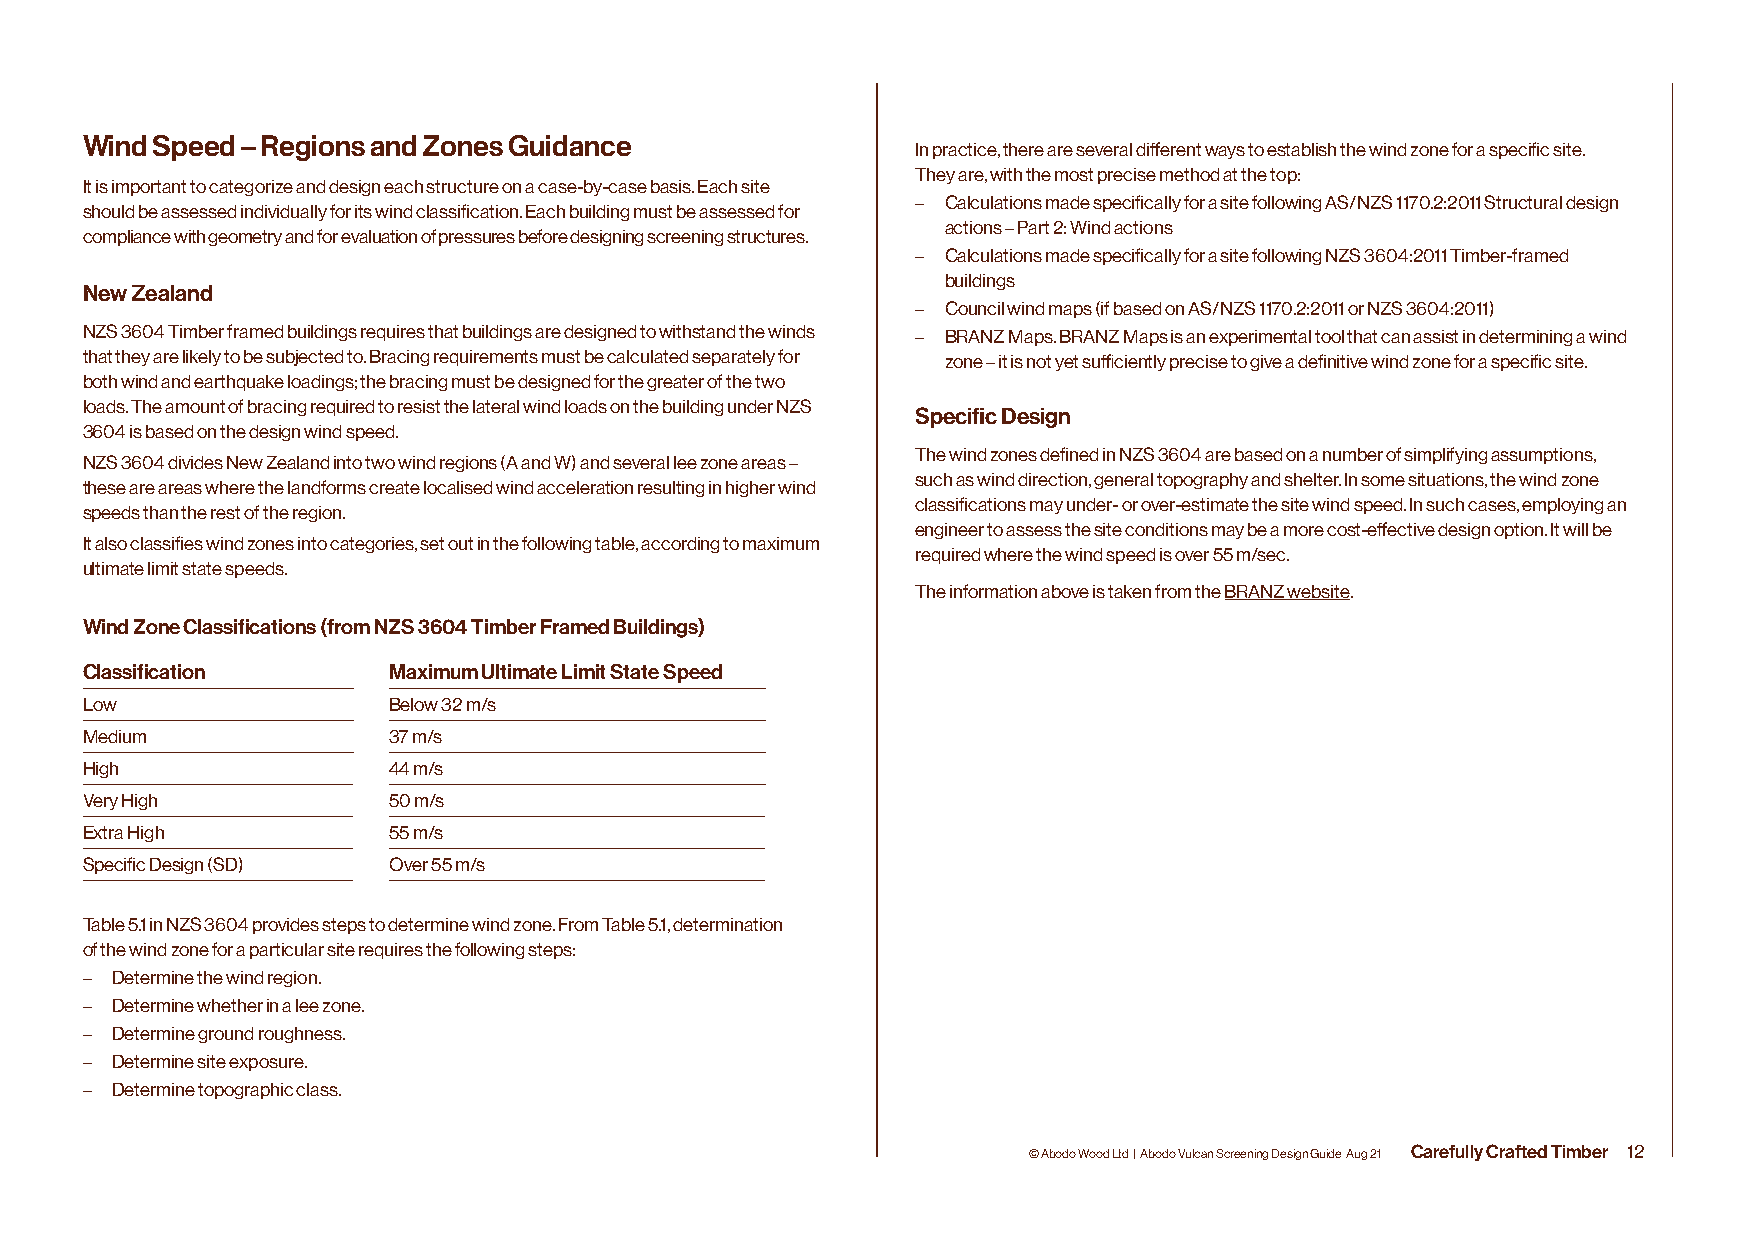
Wind Speed – Regions and Zones Guidance
 In practice, there are several different ways to establish the wind zone for a specific site.
 They are, with the most precise method at the top:
 It is important to categorize and design each structure on a case-by-case basis. Each site
 – Calculations made specifically for a site following AS/NZS 1170.2:2011 Structural design
 should be assessed individually for its wind classification. Each building must be assessed for
 actions – Part 2: Wind actions
 compliance with geometry and for evaluation of pressures before designing screening structures.
 – Calculations made specifically for a site following NZS 3604:2011 Timber-framed
 buildings
 New Zealand
 – Council wind maps (if based on AS/NZS 1170.2:2011 or NZS 3604:2011)
 NZS 3604 Timber framed buildings requires that buildings are designed to withstand the winds – BRANZ Maps. BRANZ Maps is an experimental tool that can assist in determining a wind
 that they are likely to be subjected to. Bracing requirements must be calculated separately for zone – it is not yet sufficiently precise to give a definitive wind zone for a specific site.
 both wind and earthquake loadings; the bracing must be designed for the greater of the two
 loads. The amount of bracing required to resist the lateral wind loads on the building under NZS
 Specific Design
 3604 is based on the design wind speed.
 The wind zones defined in NZS 3604 are based on a number of simplifying assumptions,
 NZS 3604 divides New Zealand into two wind regions (A and W) and several lee zone areas –
 such as wind direction, general topography and shelter. In some situations, the wind zone
 these are areas where the landforms create localised wind acceleration resulting in higher wind
 classifications may under- or over-estimate the site wind speed. In such cases, employing an
 speeds than the rest of the region.
 engineer to assess the site conditions may be a more cost-effective design option. It will be
 It also classifies wind zones into categories, set out in the following table, according to maximum
 required where the wind speed is over 55 m/sec.
 ultimate limit state speeds.
 The information above is taken from the BRANZ website.
 Wind Zone Classifications (from NZS 3604 Timber Framed Buildings)
 Classification       Maximum Ultimate Limit State Speed
 Low                  Below 32 m/s
 Medium               37 m/s
 High                 44 m/s
 Very High            50 m/s
 Extra High           55 m/s
 Specific Design (SD) Over 55 m/s
 Table 5.1 in NZS 3604 provides steps to determine wind zone. From Table 5.1, determination
 of the wind zone for a particular site requires the following steps:
 – Determine the wind region.
 – Determine whether in a lee zone.
 – Determine ground roughness.
 – Determine site exposure.
 – Determine topographic class.
 © Abodo Wood Ltd | Abodo Vulcan Screening Design Guide Aug 21 Carefully Crafted Timber 12